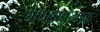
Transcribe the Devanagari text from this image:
गणवेषात्मक